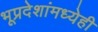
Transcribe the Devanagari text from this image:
भूप्रदेशांमध्येही